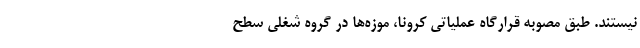
نیستند. طبق مصوبه قرارگاه عملیاتی کرونا، موزه‌ها در گروه شغلی سطح